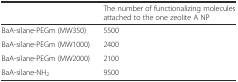
<table><thead><tr><td></td><td><b>The number of functionalizing molecules attached to the one zeolite A NP</b></td></tr></thead><tbody><tr><td>BaA-silane-PEGm (MW350)</td><td>5500</td></tr><tr><td>BaA-silane-PEGm (MW1000)</td><td>2400</td></tr><tr><td>BaA-silane-PEGm (MW2000)</td><td>2100</td></tr><tr><td>BaA-silane-NH<sub>2</sub></td><td>9500</td></tr></tbody></table>